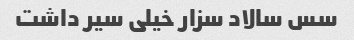
سس سالاد سزار خیلی سیر داشت